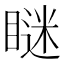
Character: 瞇